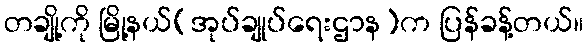
တချို့ကို မြို့နယ်(အုပ်ချုပ်ရေးဌာန)က ပြန်ခန့်တယ်။